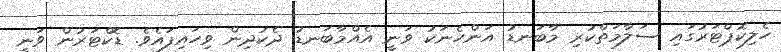
ހެލިކޮޕްޓަރުގައި ސަލާމަތްކުރި މާބަނޑު އަންހެނަކު ވަނީ އެއްމާބަނޑު ދެކުދިން ވިހައިފައެވެ. ޑޮކްޓަރުން ވަނީ